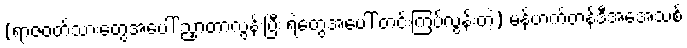
(ရာဇဝတ်သားတွေအပေါ် ညှာတာလွန်းပြီး ရဲတွေအပေါ် တင်းကြပ်လွန်းတဲ့) မန်ဟက်တန်ဒီအေအသစ်